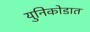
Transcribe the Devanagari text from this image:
युनिकोडात